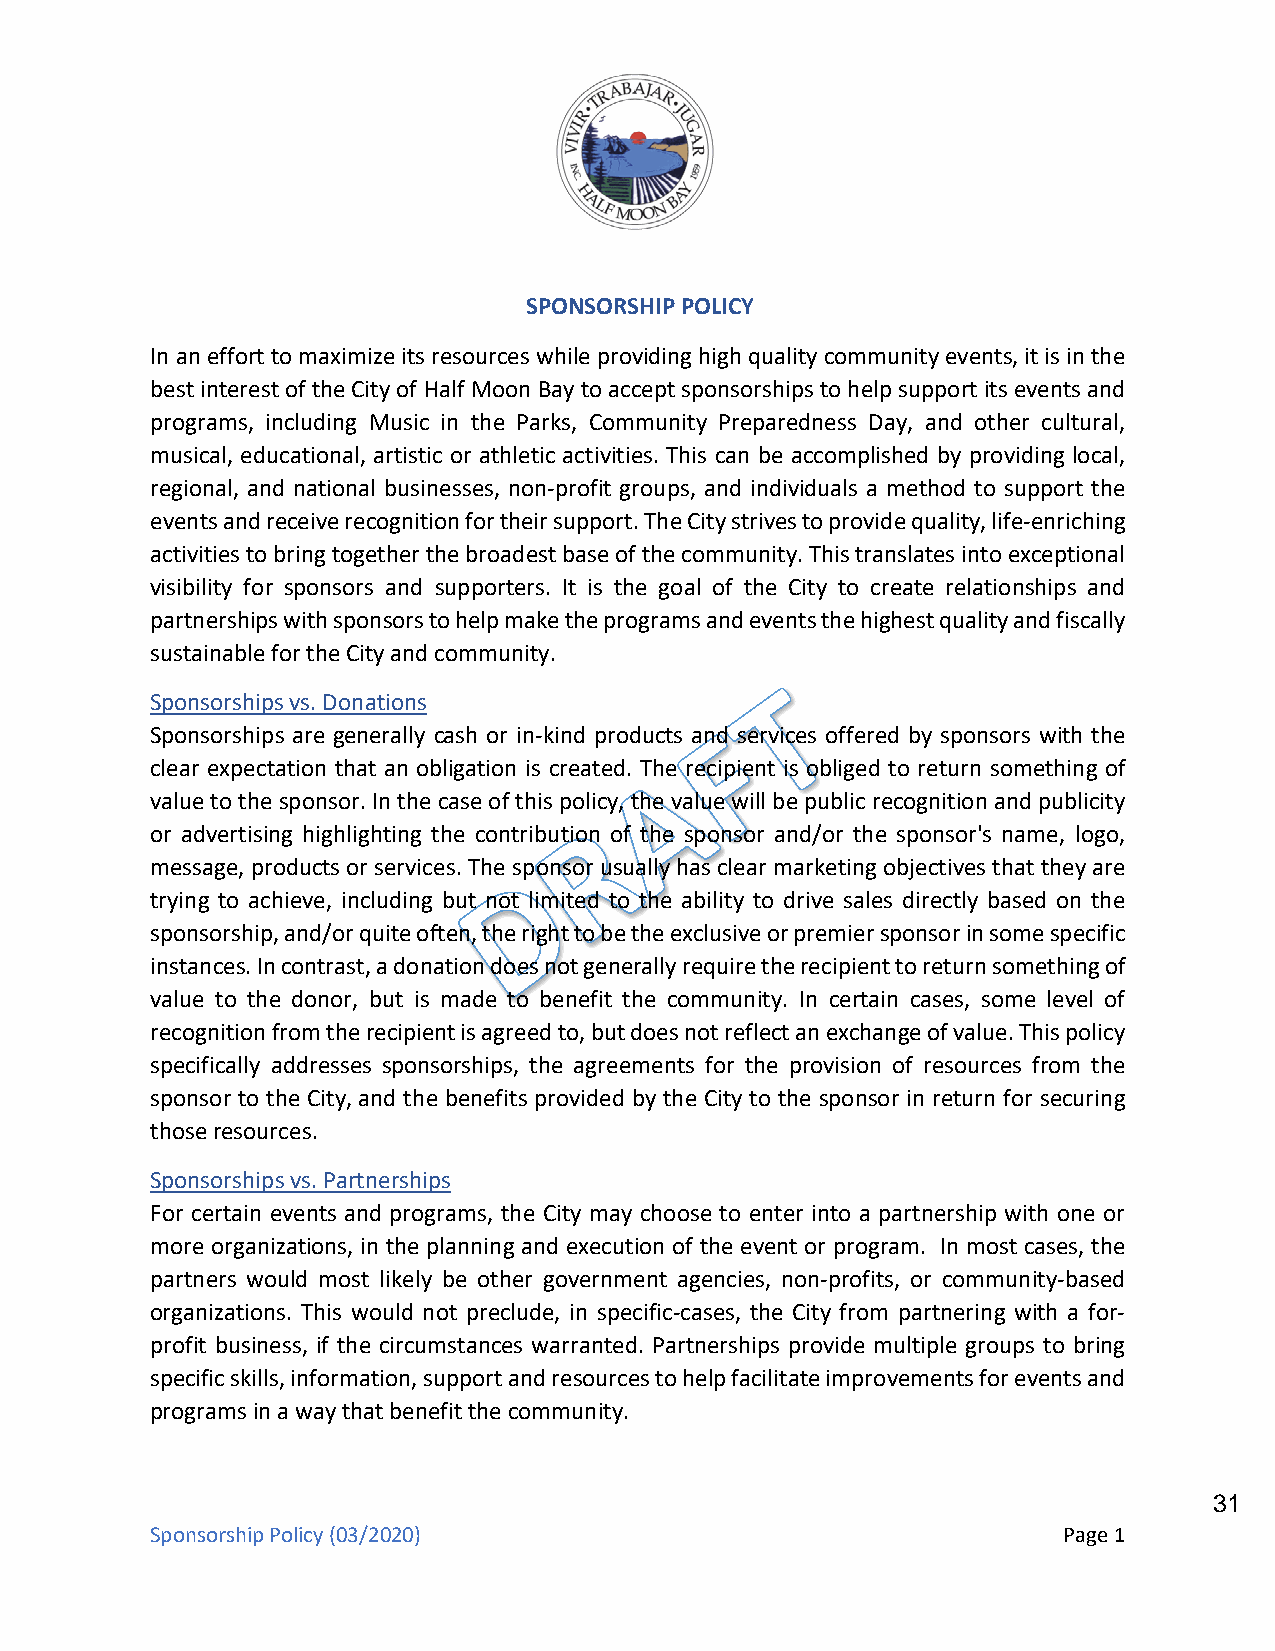
SPONSORSHIP POLICY
 In an effort to maximize its resources while providing high quality community events, it is in the
 best interest of the City of Half Moon Bay to accept sponsorships to help support its events and
 programs, including Music in the Parks, Community Preparedness Day, and other cultural,
 musical, educational, artistic or athletic activities. This can be accomplished by providing local,
 regional, and national businesses, non-profit groups, and individuals a method to support the
 events and receive recognition for their support. The City strives to provide quality, life-enriching
 activities to bring together the broadest base of the community. This translates into exceptional
 visibility for sponsors and supporters. It is the goal of the City to create relationships and
 partnerships with sponsors to help make the programs and events the highest quality and fiscally
 sustainable for the City and community.
 Sponsorships vs. Donations
 Sponsorships are generally cash or in-kind products and services offered by sponsors with the
 clear expectation that an obligation is created. The recipient is obliged to return something of
 value to the sponsor. In the case of this policy, the value will be public recognition and publicity
 or advertising highlighting the contribution of the sponsor and/or the sponsor's name, logo,
 message, products or services. The sponsor usually has clear marketing objectives that they are
 trying to achieve, including but not limited to the ability to drive sales directly based on the
 sponsorship, and/or quite often, the right to be the exclusive or premier sponsor in some specific
 instances. In contrast, a donation does not generally require the recipient to return something of
 value to the donor, but is made to benefit the community. In certain cases, some level of
 recognition from the recipient is agreed to, but does not reflect an exchange of value. This policy
 specifically addresses sponsorships, the agreements for the provision of resources from the
 sponsor to the City, and the benefits provided by the City to the sponsor in return for securing
 those resources.
 Sponsorships vs. Partnerships
 For certain events and programs, the City may choose to enter into a partnership with one or
 more organizations, in the planning and execution of the event or program. In most cases, the
 partners would most likely be other government agencies, non-profits, or community-based
 organizations. This would not preclude, in specific-cases, the City from partnering with a for-
 profit business, if the circumstances warranted. Partnerships provide multiple groups to bring
 specific skills, information, support and resources to help facilitate improvements for events and
 programs in a way that benefit the community.
 31
 Sponsorship Policy (03/2020)                                Page 1